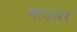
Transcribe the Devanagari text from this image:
माउअर